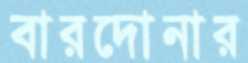
বারদোনার